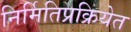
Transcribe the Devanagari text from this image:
निर्मितिप्रक्रियेत